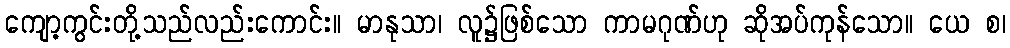
ကျော့ကွင်းတို့သည်လည်းကောင်း။ မာနုသာ၊ လူ၌ဖြစ်သော ကာမဂုဏ်ဟု ဆိုအပ်ကုန်သော။ ယေ စ၊